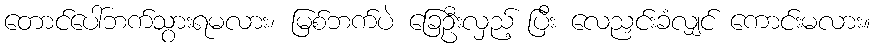
တောင်ပေါ်ဘက်သွားရမလား၊ မြစ်ဘက်ပဲ ခြေဦးလှည့် ပြီး လေညှင်းခံလျှင် ကောင်းမလား။